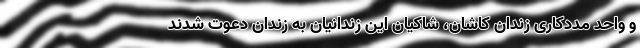
و واحد مددکاری زندان کاشان، شاکیان این زندانیان به زندان دعوت شدند